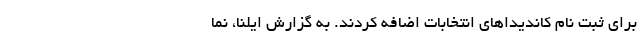
برای ثبت نام کاندیداهای انتخابات اضافه کردند. به گزارش ایلنا، نما